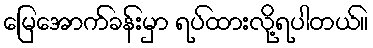
မြေအောက်ခန်းမှာ ရပ်ထားလို့ရပါတယ်။